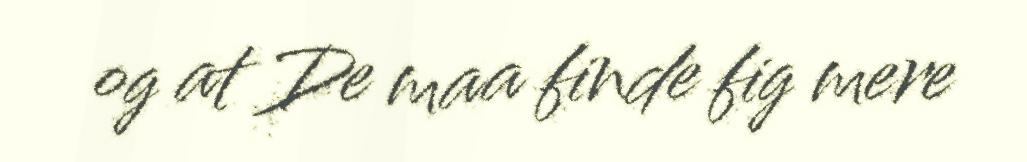
og at De maa finde fig mere